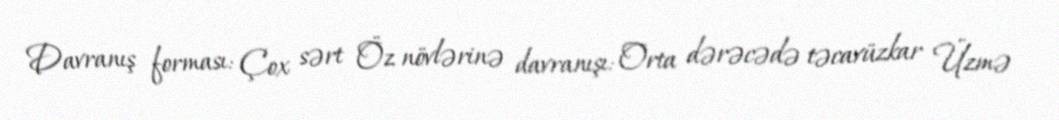
Davranış forması: Çox sərt Öz növlərinə davranışı: Orta dərəcədə təcavüzkar Üzmə